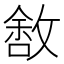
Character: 𰕑